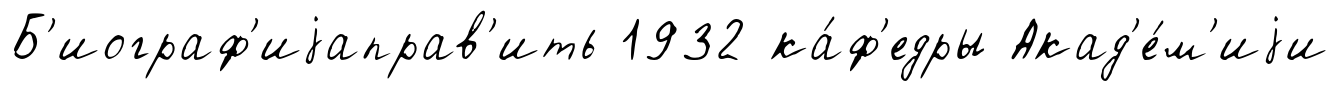
Б'иограф'иjаправ'ить 1932 ка́ф'едры Акад'е́м'иjи